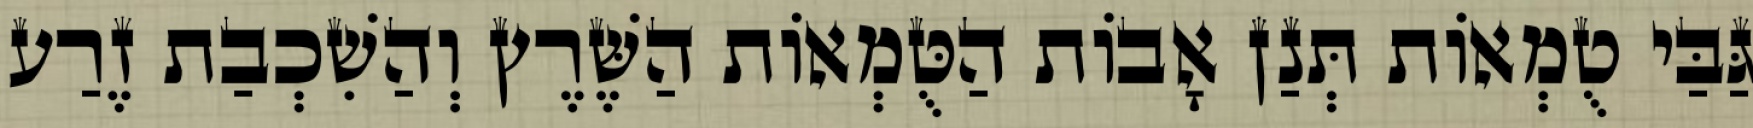
גַּבַּי טֻמְאוֹת תְּנַן אָבוֹת הַטֻּמְאוֹת הַשֶּׁרֶץ וְהַשִׁכְבַת זֶרַע